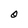
Character: O